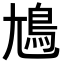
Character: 𡰎